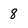
Character: 8